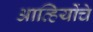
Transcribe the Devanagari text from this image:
आव्हियोंचे